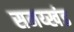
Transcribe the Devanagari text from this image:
समय्खंड